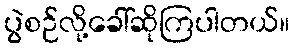
ပွဲစဉ်လို့ခေါ်ဆိုကြပါတယ်။